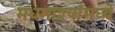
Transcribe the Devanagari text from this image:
मधमाश्यांमध्ये